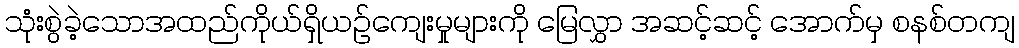
သုံးစွဲခဲ့သောအထည်ကိုယ်ရှိယဉ်ကျေးမှုများကို မြေလွှာ အဆင့်ဆင့် အောက်မှ စနစ်တကျ